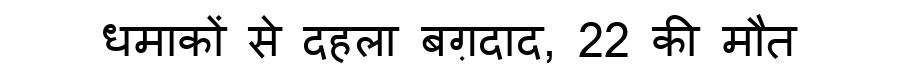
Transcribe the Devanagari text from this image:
धमाकों से दहला बग़दाद, 22 की मौत